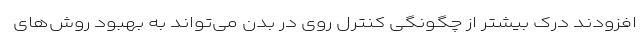
افزودند درک بیشتر از چگونگی کنترل روی در بدن می‌تواند به بهبود روش‌های